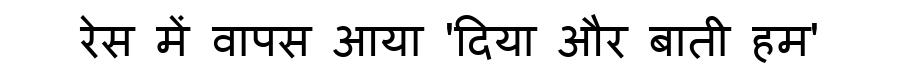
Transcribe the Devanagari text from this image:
रेस में वापस आया 'दिया और बाती हम'